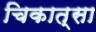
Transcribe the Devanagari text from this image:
चिकात्सा